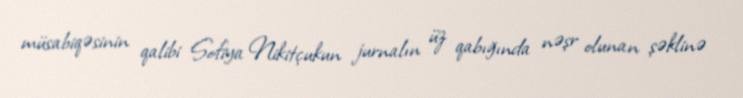
müsabiqəsinin qalibi Sofiya Nikitçukun jurnalın üz qabığında nəşr olunan şəklinə